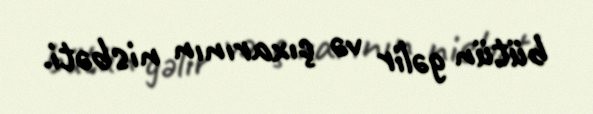
bütün gəlir və çıxarının nisbəti.